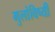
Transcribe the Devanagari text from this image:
मुलांविष्यी